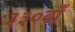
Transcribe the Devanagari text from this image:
३३०वाँ